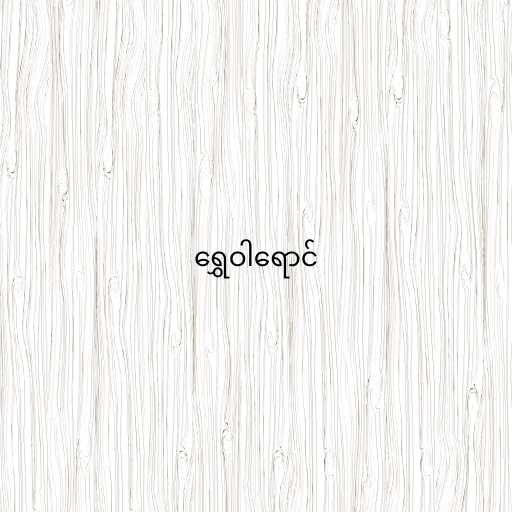
ရွှေဝါရောင်